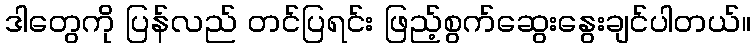
ဒါတွေကို ပြန်လည် တင်ပြရင်း ဖြည့်စွက်ဆွေးနွေးချင်ပါတယ်။